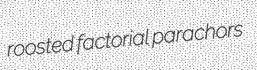
roosted factorial parachors